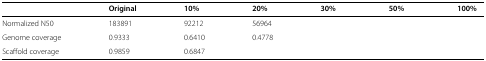
<table><thead><tr><td>[EMPTY_CELL]</td><td><b>Original</b></td><td><b>10%</b></td><td><b>20%</b></td><td><b>30%</b></td><td><b>50%</b></td><td><b>100%</b></td></tr></thead><tbody><tr><td>Normalized N50</td><td>183891</td><td>92212</td><td>56964</td><td>[EMPTY_CELL]</td><td>[EMPTY_CELL]</td><td>[EMPTY_CELL]</td></tr><tr><td>Genome coverage</td><td>0.9333</td><td>0.6410</td><td>0.4778</td><td>[EMPTY_CELL]</td><td>[EMPTY_CELL]</td><td>[EMPTY_CELL]</td></tr><tr><td>Scaffold coverage</td><td>0.9859</td><td>0.6847</td><td>[EMPTY_CELL]</td><td>[EMPTY_CELL]</td><td>[EMPTY_CELL]</td><td>[EMPTY_CELL]</td></tr></tbody></table>